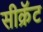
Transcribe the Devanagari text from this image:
सीक्रॅट